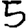
Digit: 5